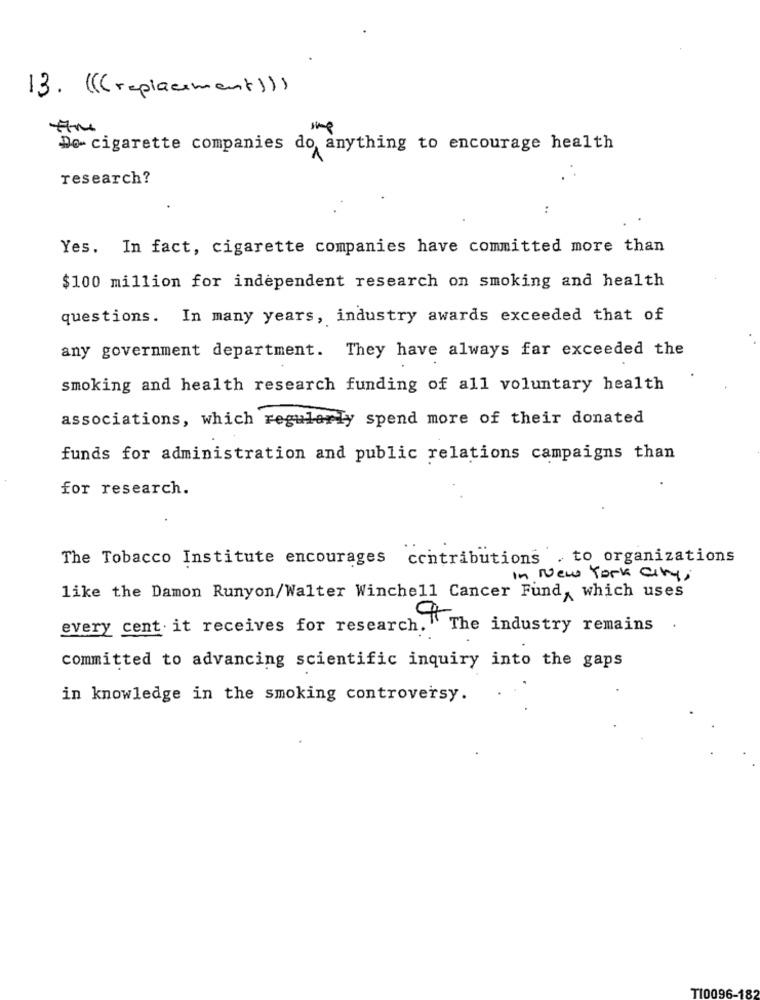
13. ( ((replacement ) ))
Do- cigarette companies do anything to encourage health
research?
:
Yes. In fact, cigarette companies have committed more than
$100 million for independent research on smoking and health
questions. In many years, industry awards exceeded that of
any government department. They have always far exceeded the
smoking and health research funding of all voluntary health
associations, which regularly spend more of their donated
funds for administration and public relations campaigns than
for research.
The Tobacco Institute encourages contributions . to organizations
In New York City ,
like the Damon Runyon/Walter Winchell Cancer Fund,which uses
every cent it receives for research. The industry remains
committed to advancing scientific inquiry into the gaps
in knowledge in the smoking controversy.
TI0096-182